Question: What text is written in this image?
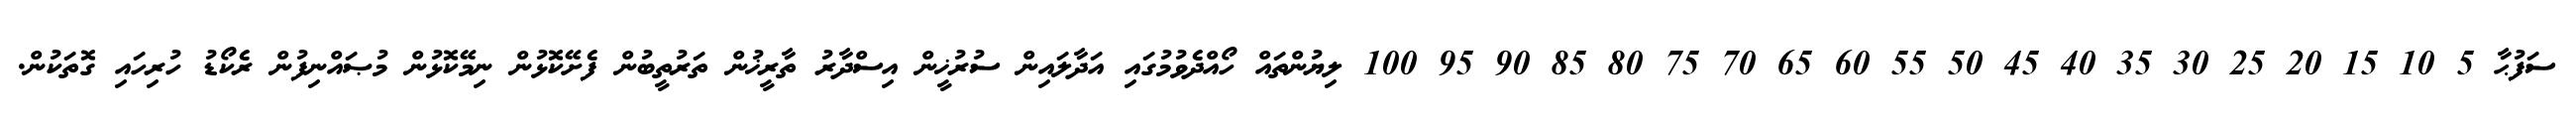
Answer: ސަފުޙާ 5 10 15 20 25 30 35 40 45 50 55 60 65 70 75 80 85 90 95 100 ލިޔުންތައް ހޯއްދެވުމުގައި އަދާލައިން ސުރުޚީން އިސްދާރު ތާރީޚުން ތަރުތީބުން ފެށޭކޮޅުން ނިމޭކޮޅުން މުޞައްނިފުން ރެކޯޑު ހުރިހައި ގޮތަކުން.